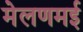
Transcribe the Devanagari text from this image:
मेलणमई